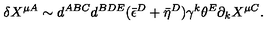
\delta X ^ { \mu A } \sim d ^ { A B C } d ^ { B D E } ( \bar { \epsilon } ^ { D } + \bar { \eta } ^ { D } ) \gamma ^ { k } \theta ^ { E } \partial _ { k } X ^ { \mu C } .